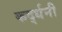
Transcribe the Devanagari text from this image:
कर्द्धनी